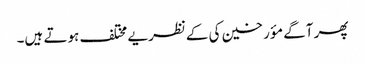
پھر آگے مؤرخین کی کےنظریے مختلف ہوتے ہیں۔